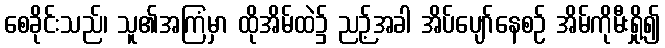
စေခိုင်းသည်၊ သူ၏အကြံမှာ ထိုအိမ်ထဲ၌ ညဉ့်အခါ အိပ်ပျော်နေစဉ် အိမ်ကိုမီးရှို့၍